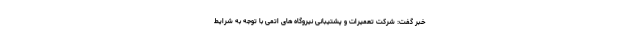
خبر گفت: شرکت تعمیرات و پشتیبانی نیروگاه های اتمی با توجه به شرایط